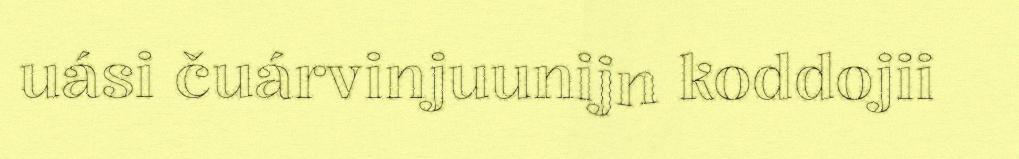
uási čuárvinjuunijn koddojii